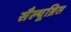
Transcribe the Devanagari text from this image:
सैल्यूब्रिस